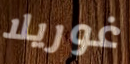
غوريلا